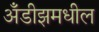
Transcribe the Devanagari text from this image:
अँडीझमधील